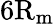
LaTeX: \mathrm{6R_{m}}